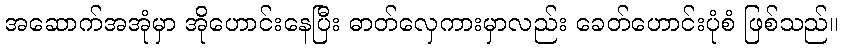
အဆောက်အအုံမှာ အိုဟောင်းနေပြီး ဓာတ်လှေကားမှာလည်း ခေတ်ဟောင်းပုံစံ ဖြစ်သည်။